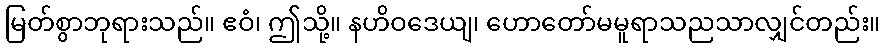
မြတ်စွာဘုရားသည်။ ဧဝံ၊ ဤသို့။ နဟိဝဒေယျ၊ ဟောတော်မမူရာသညသာလျှင်တည်း။